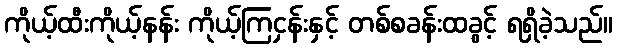
ကိုယ့်ထီးကိုယ့်နန်း ကိုယ့်ကြငှန်းနှင့် တစ်စခန်းထခွင့် ရရှိခဲ့သည်။